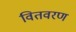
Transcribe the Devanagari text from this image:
वितवरण